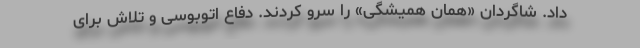
داد. شاگردان «همان همیشگی» را سرو کردند. دفاع اتوبوسی و تلاش برای